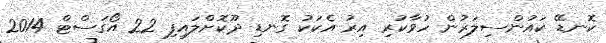
ކޮނޑޭ ކައުންސިލަރުން ހުވާކުރި އިރު އެކަކު ގޮނޑި ދޫކޮށްލައިފި 22 އޯގަސްޓް 2014